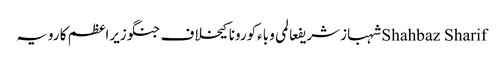
Shahbaz Sharifشہباز شریفعالمی وباءکورونا کیخلاف جنگوزیراعظم کا رویہ